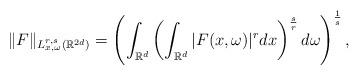
LaTeX: \begin{align*}\|F\|_{L_{x,\omega}^{r,s} (\mathbb{R}^{2d})}=\left(\int_{\mathbb{R}^d} \left(\int_{\mathbb{R}^d} |F(x, \omega)|^r d x\right)^{\frac{s}{r}} d \omega\right)^{\frac{1}{s}},\end{align*}